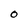
Character: 0